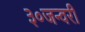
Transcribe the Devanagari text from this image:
३०जन्वरी